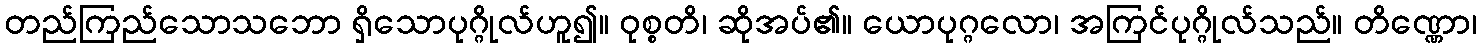
တည်ကြည်သောသဘော ရှိသောပုဂ္ဂိုလ်ဟူ၍။ ဝုစ္စတိ၊ ဆိုအပ်၏။ ယောပုဂ္ဂလော၊ အကြင်ပုဂ္ဂိုလ်သည်။ တိဏ္ဏော၊